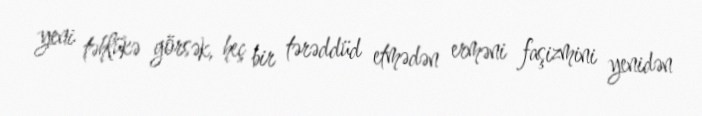
yeni təhlükə görsək, heç bir tərəddüd etmədən erməni faşizmini yenidən